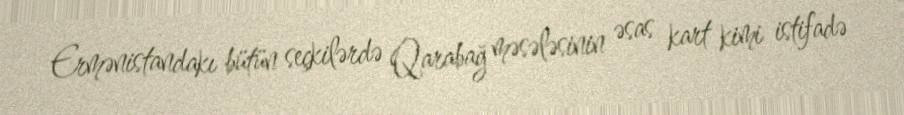
Ermənistandakı bütün seçkilərdə Qarabağ məsələsinin əsas kart kimi istifadə